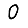
Digit: 0